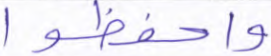
واحفظوا